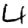
Digit: 4